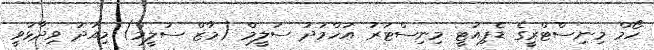
ހޯމް މިނިސްޓްރީގެ ޑެޕިއުޓީ މިނިސްޓަރު އަހްމަދު ސަލީމް (މާޒް ސަލީމް) މިއަދު ވިދާޅުވީ